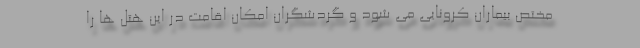
مختص بیماران کرونایی می شود و گردشگران امکان اقامت در این هتل ها را